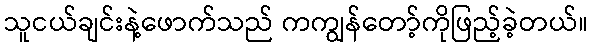
သူငယ်ချင်းနဲ့ဖောက်သည် ကကျွန်တော့်ကိုဖြည့်ခဲ့တယ်။